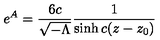
e ^ { A } = \frac { 6 c } { { \sqrt { - \Lambda } } } \frac { 1 } { \sinh c ( z - z _ { 0 } ) }